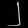
Digit: ၂